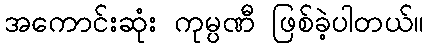
အကောင်းဆုံး ကုမ္ပဏီ ဖြစ်ခဲ့ပါတယ်။